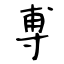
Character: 尃